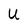
Character: U